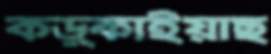
কড়্‌কাইয়াছ